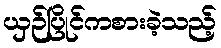
ယှဉ်ပြိုင်ကစားခဲ့သည့်